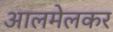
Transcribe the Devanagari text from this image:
आलमेलकर